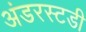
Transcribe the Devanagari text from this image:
अंडरस्टडी